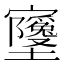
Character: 𫴧